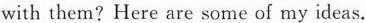
with them?Here are some of my ideas.